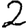
Digit: 2